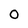
Character: 0